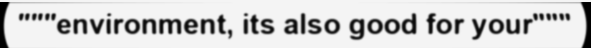
"""environment, its also good for your"""